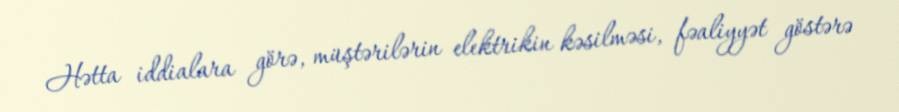
Hətta iddialara görə, müştərilərin elektrikin kəsilməsi, fəaliyyət göstərə